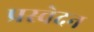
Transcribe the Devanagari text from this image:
प्रस्वेदन